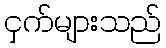
ငှက်များသည်